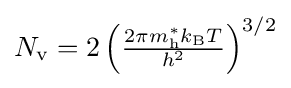
{\textstyle N_{\text{v}}=2\left({\frac {2\pi m_{\text{h}}^{*}k_{\text{B}}T}{h^{2}}}\right)^{3/2}}